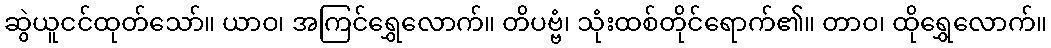
ဆွဲယူငင်ထုတ်သော်။ ယာဝ၊ အကြင်ရွှေလောက်။ တိပဗ္ဗံ၊ သုံးထစ်တိုင်ရောက်၏။ တာဝ၊ ထိုရွှေလောက်။